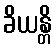
ခိယန္တိ